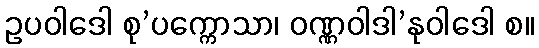
ဥပဝါဒေါ စု’ပက္ကောသာ၊ ဝဏ္ဏဝါဒါ’နုဝါဒေါ စ။